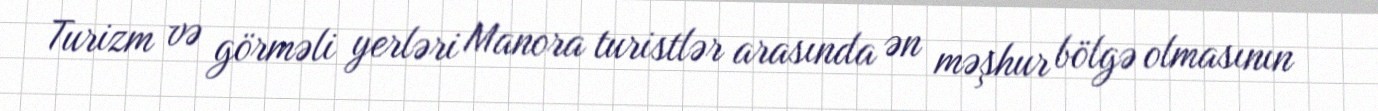
Turizm və görməli yerləri Manora turistlər arasında ən məşhur bölgə olmasının